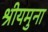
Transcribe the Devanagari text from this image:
श्रीयमुना